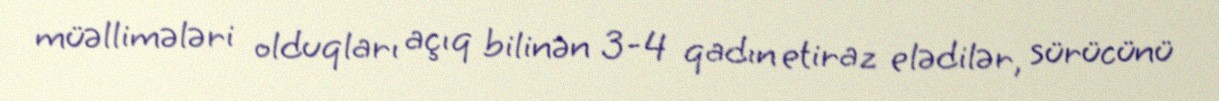
müəllimələri olduqları açıq bilinən 3-4 qadın etiraz elədilər, sürücünü